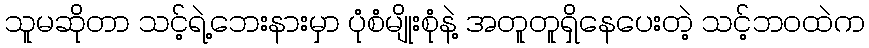
သူမဆိုတာ သင့်ရဲ့ဘေးနားမှာ ပုံစံမျိုးစုံနဲ့ အတူတူရှိနေပေးတဲ့ သင့်ဘဝထဲက